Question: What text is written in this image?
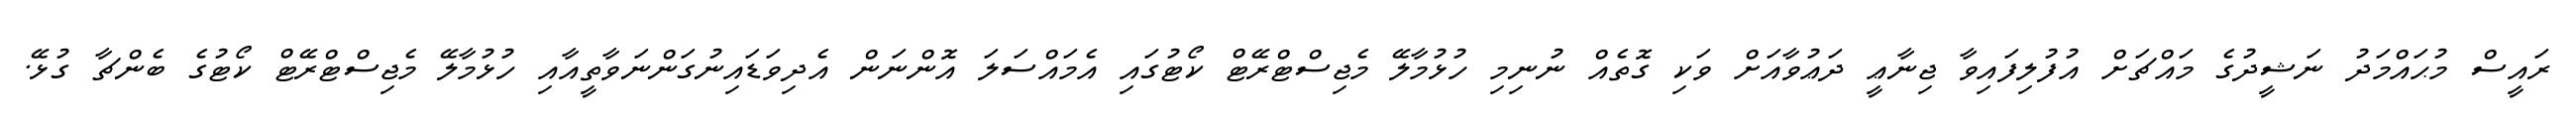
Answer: ރައީސް މުޙައްމަދު ނަޝީދުގެ މައްޗަށް އުފުލިފައިވާ ޖިނާޢީ ދަޢުވާއަށް ވަކި ގޮތެއް ނުނިމި ހުޅުމާލޭ މެޖިސްޓްރޭޓް ކޯޓުގައި އެމައްސަލަ އޮންނަން އެދިވަޑައިނުގަންނަވާތީއާއި ހުޅުމާލޭ މެޖިސްޓްރޭޓް ކޯޓުގެ ބެންޗާ ގުޅޭ.